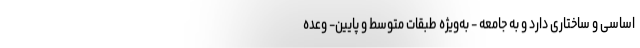
اساسی و ساختاری دارد و به جامعه - به‌ویژه طبقات متوسط و پایین- وعده